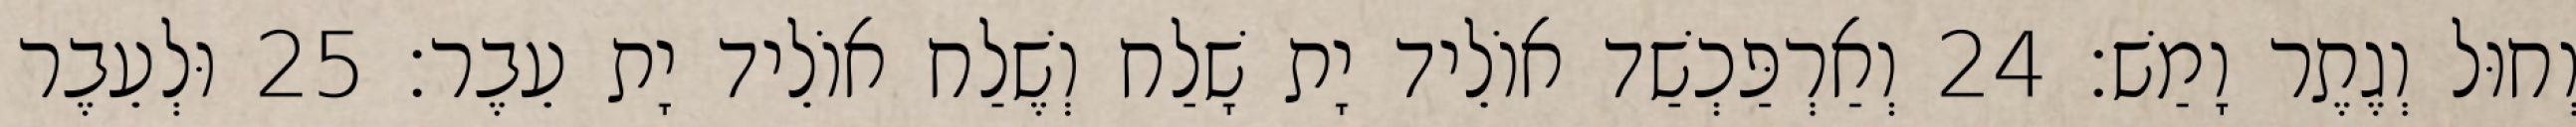
וְחוּל וְגֶתֶר וָמַשׁ׃ 24 וְאַרְפַּכְשַׁד אוֹלֵיד יָת שָׁלַח וְשֶׁלַח אוֹלֵיד יָת עֵבֶר׃ 25 וּלְעֵבֶר